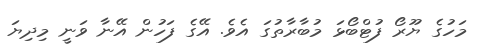
މަހުގެ ޔޫރޯ ފުޓްބޯޅަ މުބާރާތުގަ އެވެ. އޭގެ ފަހުން އޭނާ ވަނީ މިދިޔަ